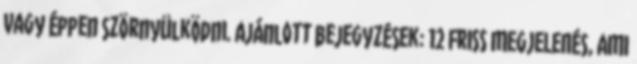
vagy éppen szörnyülködni. Ajánlott bejegyzések: 12 FRISS MEGJELENÉS, AMI